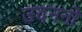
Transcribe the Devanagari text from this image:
उदननो